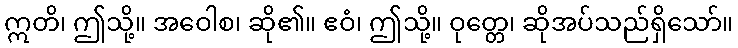
ဣတိ၊ ဤသို့။ အဝေါစ၊ ဆို၏။ ဧဝံ၊ ဤသို့။ ဝုတ္တေ၊ ဆိုအပ်သည်ရှိသော်။